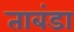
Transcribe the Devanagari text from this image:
ताबंडा